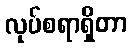
လုပ်စရာရှိတာ